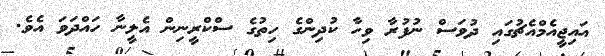
އައިޖީއެމްއެޗުގައި ދުވަސް ނުފުރާ ވިހާ ކުދިންގެ ހިތުގެ ސްކްރީނިން އެލީނާ ހައްދަވަ އެވެ.